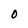
Character: O